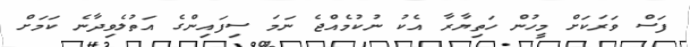
ފަސް ވަރަކަށް މީހުން ހަތިޔާރާ އެކު ނުކުމެއްޖެ ނަމަ ސިފައިންގެ އަތުލެވިދާނެ ކަމަށް